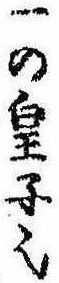
一の皇子也